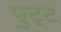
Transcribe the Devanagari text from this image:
पुट्ट